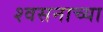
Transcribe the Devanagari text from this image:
श्वसनाच्या